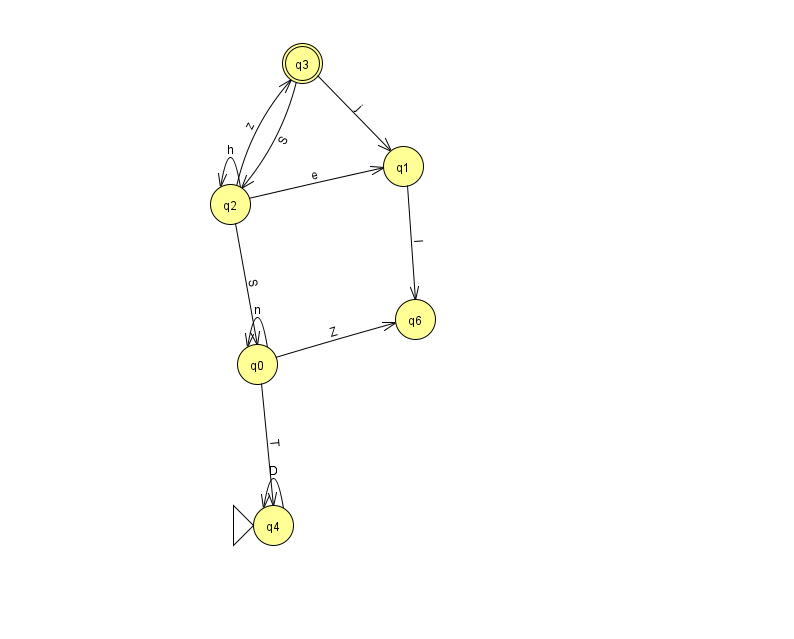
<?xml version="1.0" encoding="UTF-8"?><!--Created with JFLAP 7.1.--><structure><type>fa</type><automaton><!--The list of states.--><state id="0" name="q0"><x>257.0</x><y>351.0</y></state><state id="1" name="q1"><x>403.0</x><y>153.0</y></state><state id="2" name="q2"><x>230.0</x><y>191.0</y></state><state id="3" name="q3"><x>302.0</x><y>50.0</y><final/></state><state id="4" name="q4"><x>273.0</x><y>512.0</y><initial/></state><state id="6" name="q6"><x>415.0</x><y>306.0</y></state><!--The list of transitions.--><transition><from>0</from><to>6</to><read>Z</read></transition><transition><from>0</from><to>4</to><read>T</read></transition><transition><from>2</from><to>0</to><read>S</read></transition><transition><from>2</from><to>3</to><read>z</read></transition><transition><from>4</from><to>4</to><read>D</read></transition><transition><from>1</from><to>6</to><read>I</read></transition><transition><from>3</from><to>1</to><read>j</read></transition><transition><from>2</from><to>1</to><read>e</read></transition><transition><from>2</from><to>2</to><read>h</read></transition><transition><from>3</from><to>2</to><read>S</read></transition><transition><from>0</from><to>0</to><read>n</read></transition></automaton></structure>